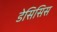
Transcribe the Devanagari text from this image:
डेसिसिस